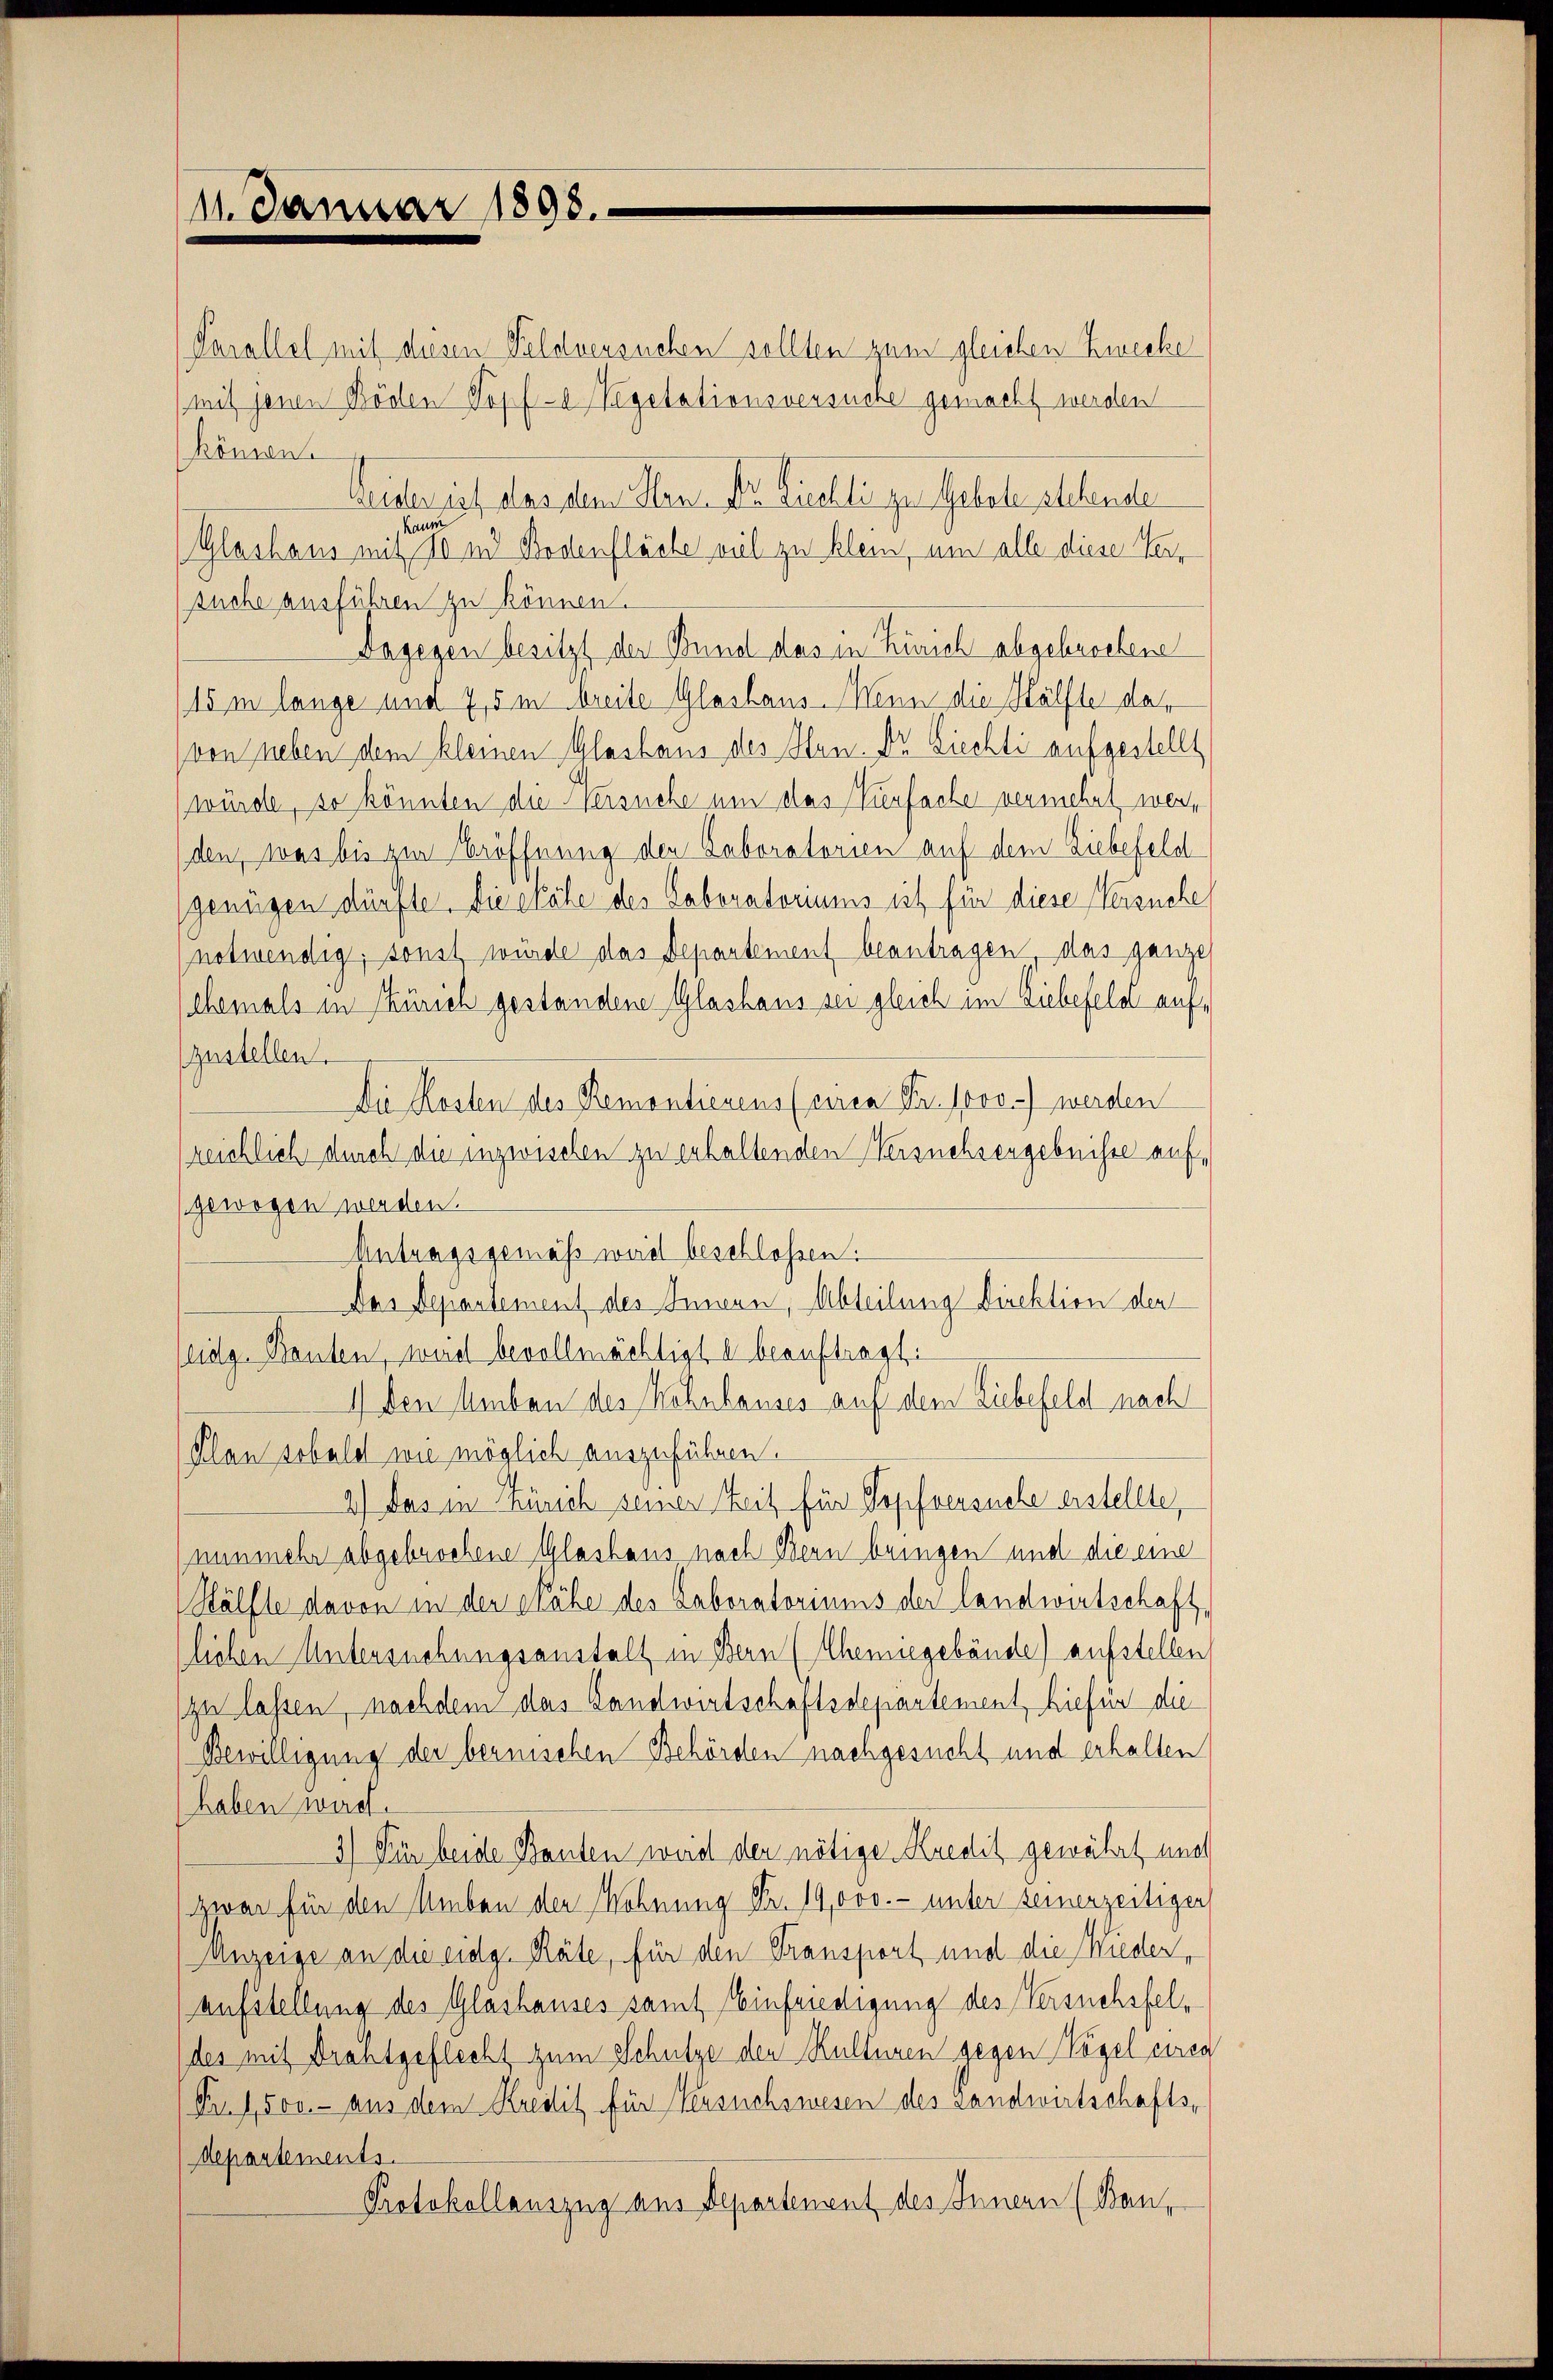
11. Januar 1898.

Parallel mit diesen Feldversuchen sollten zum gleichen Zwecke
mit jenen Böden Topf-a Vegetationsversuche gemacht werden
können.
Leider ist das dem Plan. Dr. Licellige Gebete stehende
Glashaus mit der und Bodenfläche viel zu klein, um alle diese Versuche ausführen zu können.
Dagegen besitzt der Bund das in Zürich abgebrochene
15 m lange und 7,5 m breite Glashaus-Menn die Hälfte der
von neben dem kleinen Glashaus des Hen. Dr. Siechti aufgestellt
würde, so könnten die Versuche um das Verfache vermehrt werden, was bis zur Eröffnung den Saboratorien auf dem Liebefeld
genügen dürfte. Die elöte des Laboratoriums ist für diese Versuche
notwendig, sonst würde das Departement beantragen das ganze
(ehemals in Zürich gestandene Glashaus sei gleich im Liebefeld aufzustellen.
Die Kosten des Remontienens (circa Fr. (vo.) werden
reichlich durch die inzwischen zu erhaltenden Versuchsergebnisse aufgewogen werden.
Antragsgemäß wird beschlossen:
Das Departement des Innern, Abteilung Direktion der
(eidg. Bauten, weid bevollmächtigt u beauftragt:
1) den leben des Wohnhauses auf dem Liebefeld nach
(Plan sobald wie möglich auszuführen.
2) Das in Zürich seiner Zeit für Topfversuche erstellte,
(nunmehr abgebrochene Glashaus nach Bern bringen und die eine
Hälfte davon in der sähe des Laboratoriums der landwirtschaft,
lichen Untersuchungsanstalt in Bern (Chenegebände) aufstellen
zu lassen, nachdem das Landwirtschaftsdepartement, hiefür die
Bewilligung der bernischen Behörden nachgesucht und erhalten
haben wird.
3.) Für beide Bauten weid der nötige Kredit gewährt und
zwar für den Umben der Wohnung Nr. 19,000.- unter seinerzeitigen
Anzeige an die eidg. Räte, für den Transport und die Wieder,
aufstellung des Glashauses samt Einfriedigung des Versuchsfeldes mit Drahtgeflecht zum Schulze den Kulturen gegen Vögel einen
Fr. 1,500.- aus dem Kredit für Versuchswesen des Landwirtschafts-
departements.
Protokollauszug aus Departement des Innern (Ban-